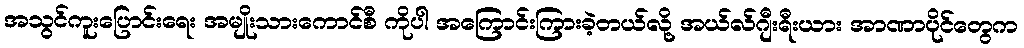
အသွင်ကူးပြောင်းရေး အမျိုးသားကောင်စီ ကိုပါ အကြောင်းကြားခဲ့တယ်လို့ အယ်လ်ဂျီးရီးယား အာဏာပိုင်တွေက